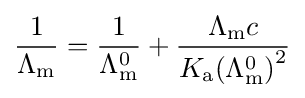
{\frac {1}{\Lambda _{\text{m}}}}={\frac {1}{\Lambda _{\text{m}}^{0}}}+{\frac {\Lambda _{\text{m}}c}{K_{\text{a}}{(\Lambda _{\text{m}}^{0})}^{2}}}